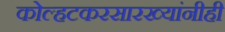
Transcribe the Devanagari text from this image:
कोल्हटकरसारख्यांनीही